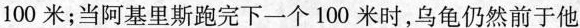
100米；当阿基里斯跑完下一个100米时，乌龟仍然前于他